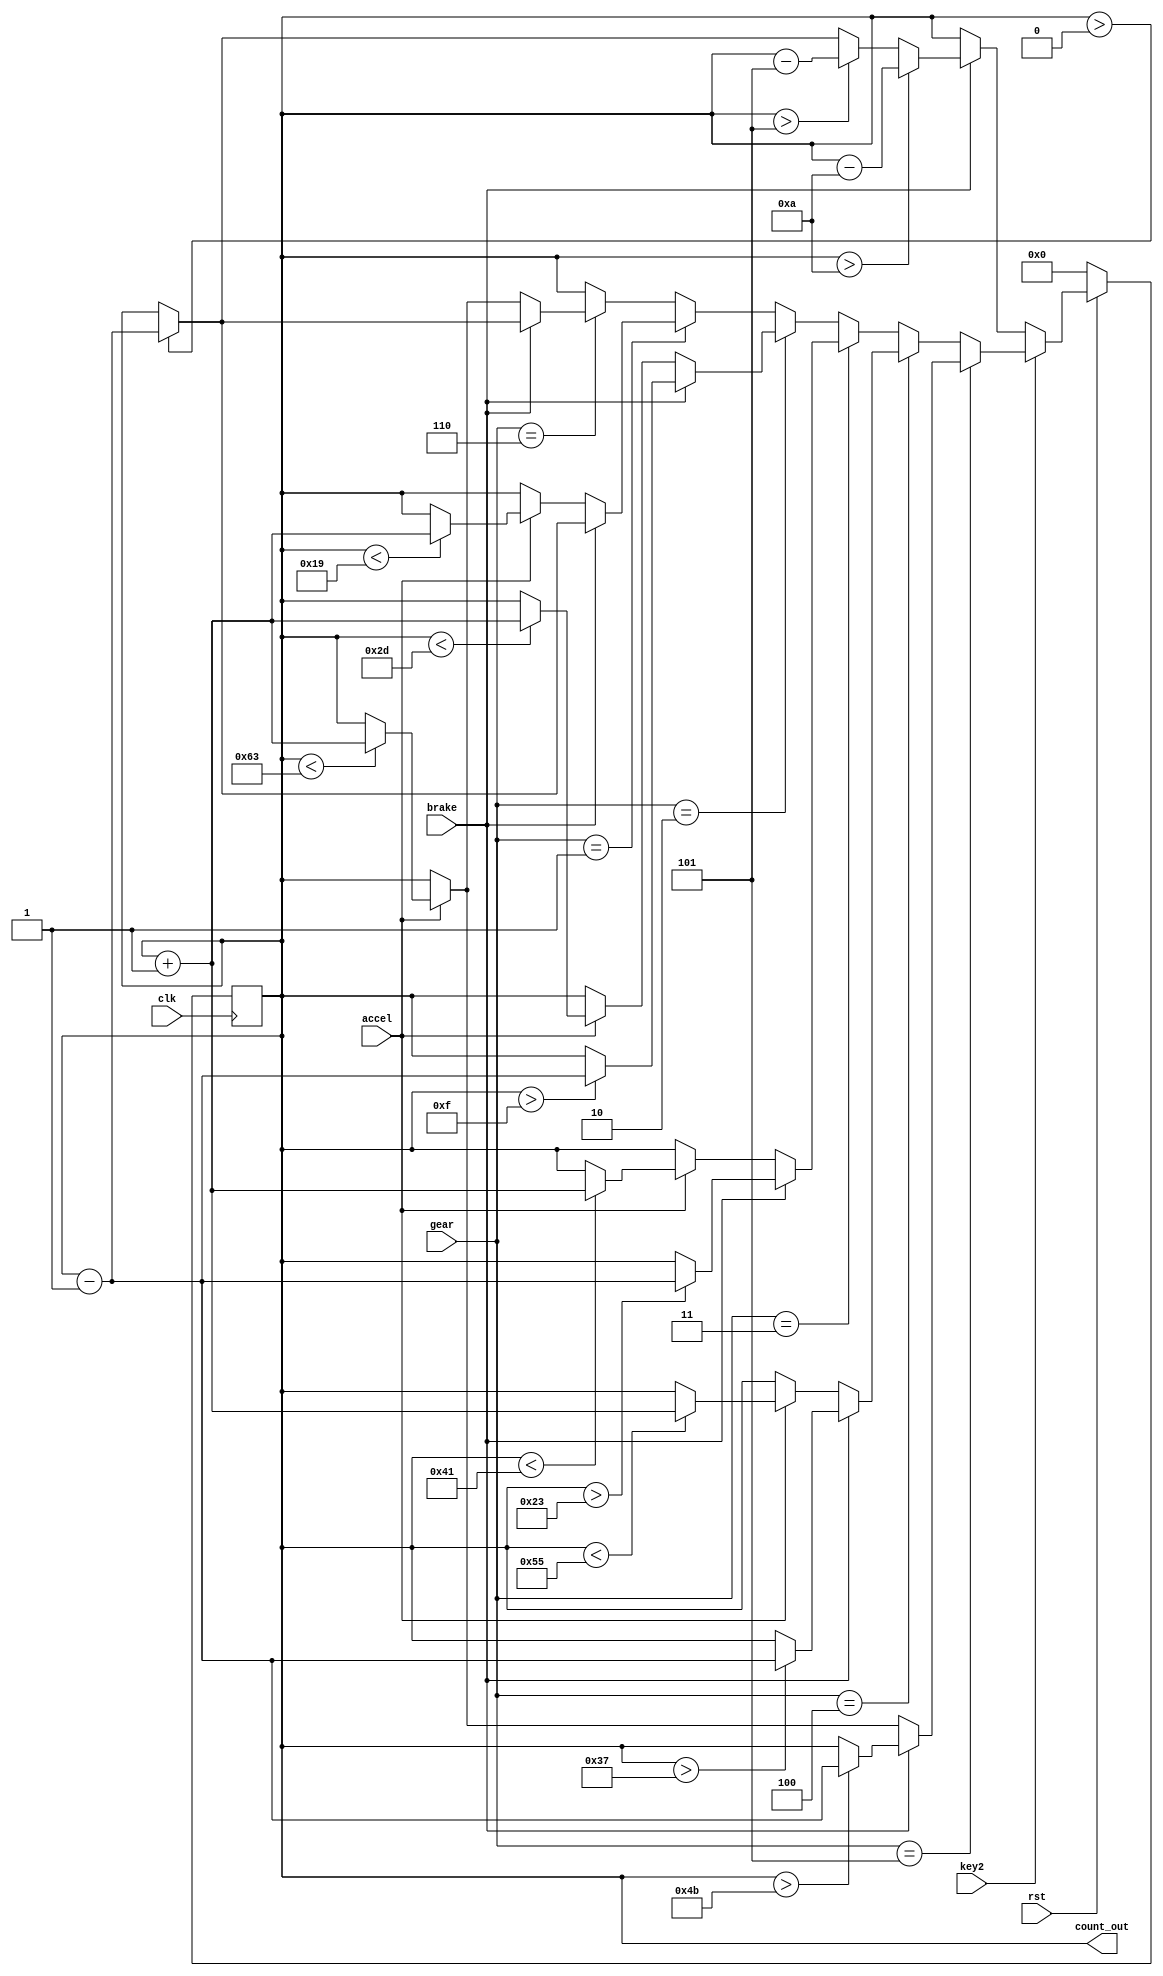
module accel_and_brake(clk,rst,accel,brake,gear,key2,count_out);


parameter MOD = 10;
parameter BITS = 4;

input clk ,rst,accel,brake,key2;
input [2:0] gear;
output reg [ BITS -1:0] count_out ;


always@(posedge clk)
begin
      if( rst )
      begin
         if(key2)
         begin
            if(gear==5)
               begin
                  if ( brake )
                  begin
                     if ( count_out > 75)
                     begin
                      count_out <= count_out - 1;              
                     end
                  end
                  else if( !brake )
                  begin
                     if(accel)
                     begin
                        if ( count_out < 99 )
                        begin
                        count_out <= count_out + 1;
                        end
                     end
                  end              
                  else 
                    begin
                    count_out <= count_out; 
                    end
               end
            else if(gear==4)
                  begin
                  if ( brake )
                  begin
                     if ( count_out > 55)
                     begin
                      count_out <= count_out - 1;               
                     end
                  end
                  else if( !brake )
                  begin
                     if(accel)
                     begin
                        if ( count_out < 85 )
                        begin
                        count_out <= count_out + 1;
                        end
                     end
                  end             
                  else 
                    begin
                    count_out <= count_out; 
                  end
               end
            else if(gear==3)
               begin
                  if ( brake )
                  begin
                     if ( count_out > 35)
                     begin
                      count_out <= count_out - 1;              
                     end
                  end
                  else if( !brake )
                  begin
                     if(accel)
                     begin
                        if ( count_out < 65 )
                        begin
                        count_out <= count_out + 1;
                        end
                     end
                  end
                  else 
                    begin
                    count_out <= count_out; 
                    end
               end
            else if(gear==2)
               begin
                  if ( brake )
                  begin
                     if ( count_out > 15)
                     begin
                      count_out <= count_out - 1;            
                     end
                  end
                  else if( !brake )
                  begin
                     if(accel)
                     begin
                        if ( count_out < 45 )
                        begin
                        count_out <= count_out + 1;
                        end
                     end
                  end
                  else 
                    begin
                    count_out <= count_out; 
                    end
               end
            else if(gear==1)
            begin
               if ( brake )
               begin
                  if ( count_out > 0)
                  begin
                   count_out <= count_out - 1;
                  end
               end
               else if( !brake )
               begin
                  if(accel)
                  begin
                     if ( count_out < 25 )
                     begin
                     count_out <= count_out + 1;
                     end
                  end
               end
               else 
                    begin
                    count_out <= count_out; 
                    end
            end
            else if(gear==6)
            begin
               if ( brake )
               begin
                  if ( count_out > 0)
                  begin
                   count_out <= count_out - 1;
                  end
               end
               else if( !brake )
               begin
                  if(accel)
                  begin
                     if ( count_out < 99 )
                     begin
                     count_out <= count_out + 1;
                     end
                  end
               end
               else 
                    begin
                    count_out <= count_out; 
                    end
            end
            else
            begin
               if (brake)
               begin
                  if (count_out == 0)
                  begin
                  count_out <= count_out;
                  end
               end
               else if( !brake )
               begin
                  if(accel)
                  begin
                     if(count_out == 0 );
                     begin
                     count_out <= count_out;
                     end
                  end
               end            
               else 
                 begin
                 count_out <= count_out; 
                 end
            end
         end
         else
         begin
            if (brake)
               begin
                  if (count_out > 10 )
                  begin
                  count_out <= count_out - 10;
                  end
                  else if(count_out >5)
                  begin
                     count_out <= count_out -5;
                  end
                  else if(count_out>0)
                  begin
                     count_out <= count_out -1;
                  end
               end            
            else 
               begin
                 count_out <= count_out; 
              end
         end
      end
      else 
         begin
         count_out <= 0;
         end
end

endmodule